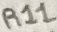
Text: R11